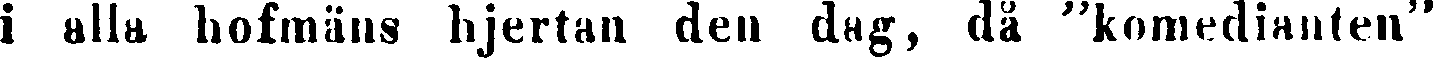
i alla hofmäns hjertan den dag, då "komedianten"